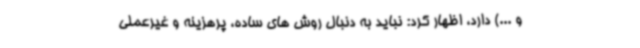
و ...) دارد، اظهار کرد: نباید به دنبال روش های ساده، پرهزینه و غیرعملی